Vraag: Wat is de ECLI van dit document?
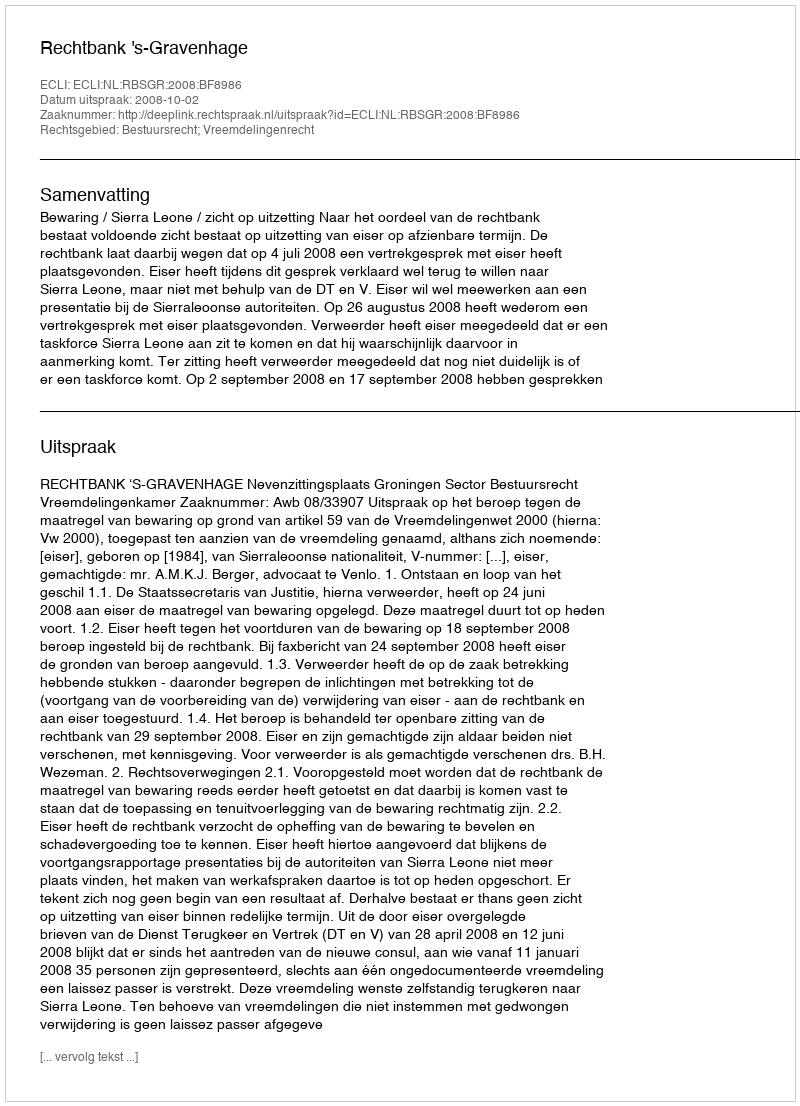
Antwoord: ECLI:NL:RBSGR:2008:BF8986